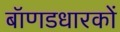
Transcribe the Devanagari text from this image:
बॉणडधारकों